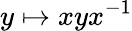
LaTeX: y\mapsto xyx^{-1}